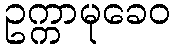
ဥက္ကာမုခေဝ